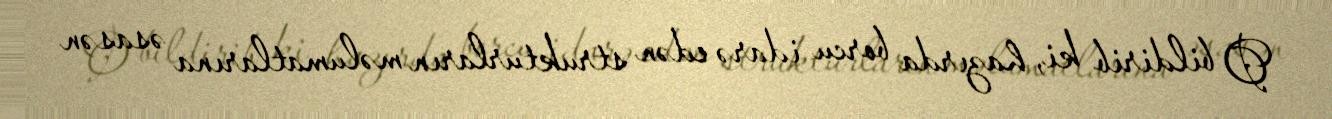
O bildirib ki, hazırda borcu idarə edən strukturların məlumatlarına əsasən